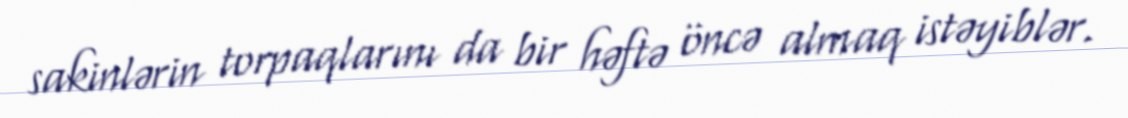
sakinlərin torpaqlarını da bir həftə öncə almaq istəyiblər.